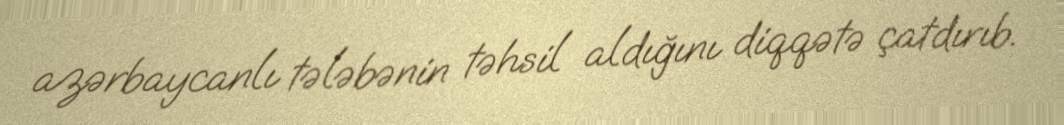
azərbaycanlı tələbənin təhsil aldığını diqqətə çatdırıb.